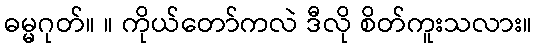
ဓမ္မဂုတ်။ ။ ကိုယ်တော်ကလဲ ဒီလို စိတ်ကူးသလား။